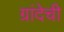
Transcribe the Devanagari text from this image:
ग्रांदेची